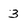
Character: 3